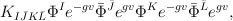
\begin{align*}K_{I\bar J K\bar L} \Phi^I e^{-gv}\bar\Phi^{\bar J} e^{gv} \Phi^K e^{-gv}\bar \Phi ^{\bar L} e^{gv},\end{align*}